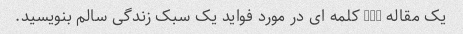
یک مقاله 500 کلمه ای در مورد فواید یک سبک زندگی سالم بنویسید.